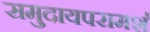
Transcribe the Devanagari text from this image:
समुदायपरामर्श